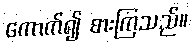
ကောက်၍ စားကြသည်။